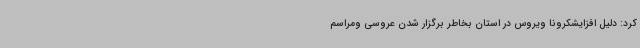
کرد: دلیل افزایشکرونا ویروس در استان بخاطر برگزار شدن عروسی ومراسم